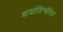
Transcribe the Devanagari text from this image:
बायोसिन्थेसिस